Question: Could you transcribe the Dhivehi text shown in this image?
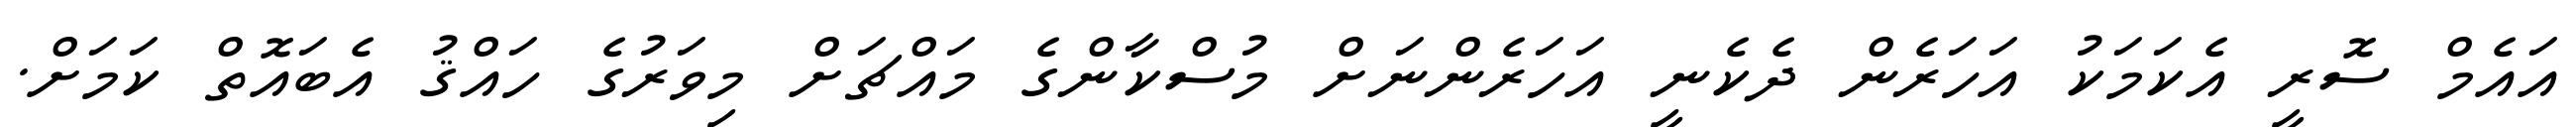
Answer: އައެމް ސޮރީ އެކަމަކު އަހަރެން ދެކެނީ އަހަރެންނަށް މުސްކާންގެ މައްޗަށް މިވަރުގެ ހައްޤު އެބައޮތް ކަމަށް.